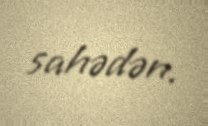
sahədən.